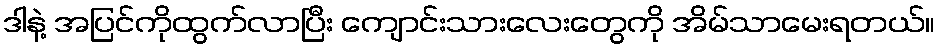
ဒါနဲ့ အပြင်ကိုထွက်လာပြီး ကျောင်းသားလေးတွေကို အိမ်သာမေးရတယ်။